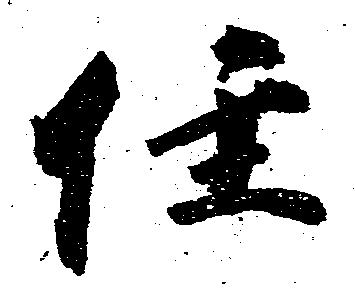
住